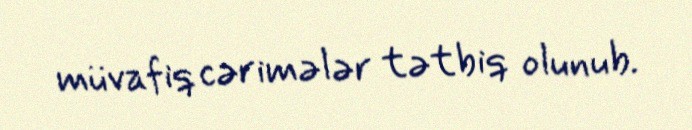
müvafiq cərimələr tətbiq olunub.